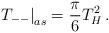
LaTeX: \begin{align*}\left. T_{--}\right| _{as}=\frac{\pi }{6}T_{H}^{2}\, .\end{align*}